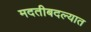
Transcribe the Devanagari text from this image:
मदतीबदल्यात